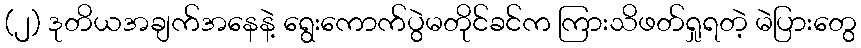
(၂) ဒုတိယအချက်အနေနဲ့ ရွေးကောက်ပွဲမတိုင်ခင်က ကြားသိဖတ်ရှုရတဲ့ မဲပြားတွေ